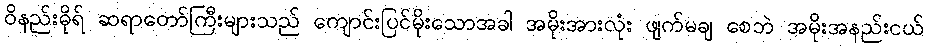
ဝိနည်းဓိုရ် ဆရာတော်ကြီးများသည် ကျောင်းပြင်မိုးသောအခါ အမိုးအားလုံး ဖျက်မချ စေဘဲ အမိုးအနည်းငယ်